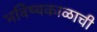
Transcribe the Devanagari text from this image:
भविष्यकाळाची